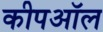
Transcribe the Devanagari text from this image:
कीपऑल